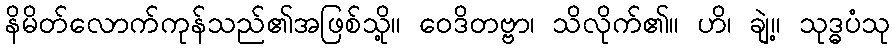
နိမိတ်လောက်ကုန်သည်၏အဖြစ်သို့။ ဝေဒိတဗ္ဗာ၊ သိလိုက်၏။ ဟိ၊ ချဲ့။ သုဒ္ဓပံသု